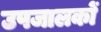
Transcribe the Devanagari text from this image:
उपजालकों